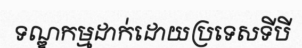
ទណ្ឌកម្មដាក់ដោយប្រទេសទីបី